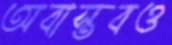
অবাস্তবও